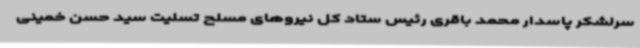
سرلشکر پاسدار محمد باقری رئیس ستاد کل نیروهای مسلح تسلیت سید حسن خمینی